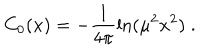
C _ { 0 } ( x ) = - \frac { 1 } { 4 \pi } \ln ( \mu ^ { 2 } x ^ { 2 } ) \; .